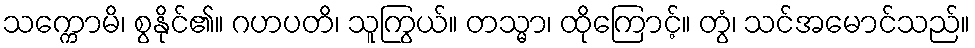
သက္ကောမိ၊ စွနိုင်၏။ ဂဟပတိ၊ သူကြွယ်။ တသ္မာ၊ ထိုကြောင့်။ တွံ၊ သင်အမောင်သည်။